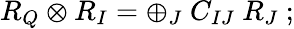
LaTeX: R_{Q}\otimes R_{I}=\oplus_{J}\ C_{IJ}\ R_{J}\ ;